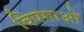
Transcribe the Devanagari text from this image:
विषमाओं